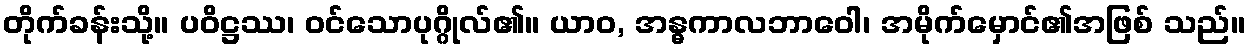
တိုက်ခန်းသို့။ ပဝိဋ္ဌဿ၊ ဝင်သောပုဂ္ဂိုလ်၏။ ယာဝ, အန္ဓကာလဘာဝေါ၊ အမိုက်မှောင်၏အဖြစ် သည်။